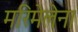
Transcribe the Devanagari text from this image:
मरिमेलेना